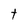
Character: t